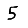
Digit: 5